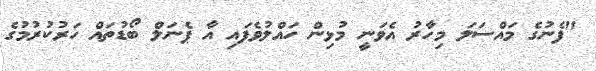
"ފެނުގެ މައްސަލަ މިހާރު އެވަނީ މުޅިން ހައްލުވެފައި އާ ޕެނަލް ބޯޑުތައް ހަރުކުރުމުގެ